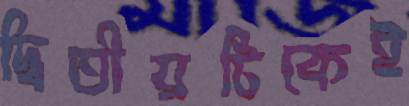
দ্বিতীয়টিকেই